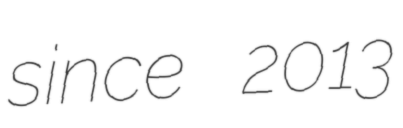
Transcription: since 2013